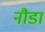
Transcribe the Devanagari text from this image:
नौडा